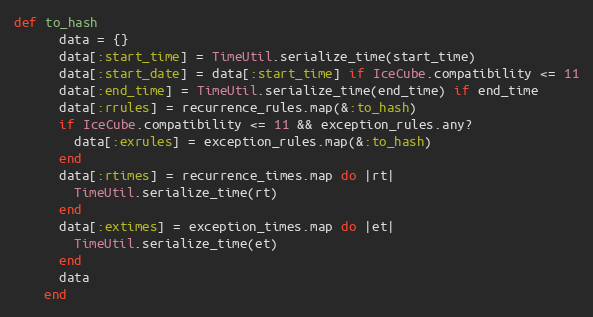
Language: Ruby
def to_hash
      data = {}
      data[:start_time] = TimeUtil.serialize_time(start_time)
      data[:start_date] = data[:start_time] if IceCube.compatibility <= 11
      data[:end_time] = TimeUtil.serialize_time(end_time) if end_time
      data[:rrules] = recurrence_rules.map(&:to_hash)
      if IceCube.compatibility <= 11 && exception_rules.any?
        data[:exrules] = exception_rules.map(&:to_hash)
      end
      data[:rtimes] = recurrence_times.map do |rt|
        TimeUtil.serialize_time(rt)
      end
      data[:extimes] = exception_times.map do |et|
        TimeUtil.serialize_time(et)
      end
      data
    end